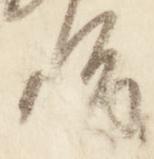
治